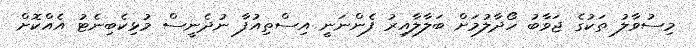
މިސުވާލު ތަކުގެ ޖަވާބު ހޯދާލުމަށް ބަލާލާއިރު ފެންނަނީ އިސްތިއުފާ ނުދެނީސް މުޅިކެބިނެޓު އެއްކޮށް